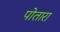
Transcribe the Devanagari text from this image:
पोतारा